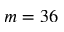
m = 3 6